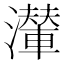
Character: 𤁥